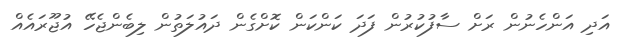
އަދި އަންހެނުން ރަށް ސާފުކުރުން ފަދަ ކަންކަން ކޮށްގެން ދައުލަތުން ލިބެންޖެހޭ އުޖޫރައެއް